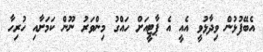
އެބޭފުޅުން ވިދާޅުވީ އެއީ އެ ޕާޓީއަށް ހައްގު މިންވަރު ނޫން ކަމަށާއި ހުރިހާ